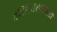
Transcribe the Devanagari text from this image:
हॉस्पितैलिटी